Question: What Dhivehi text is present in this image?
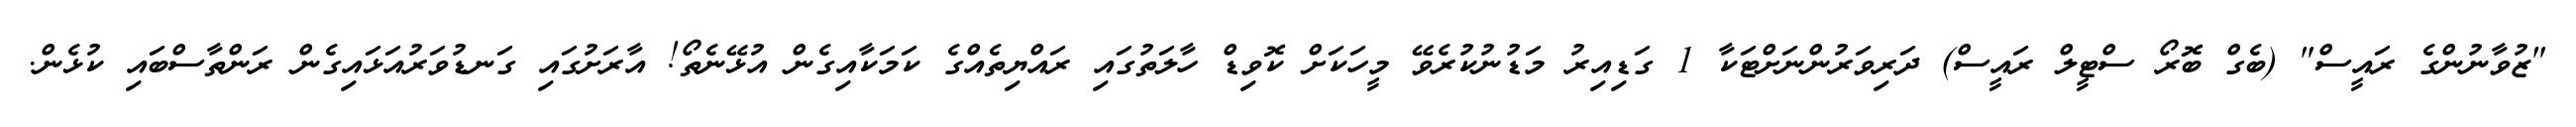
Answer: "ޒުވާނުންގެ ރައީސް" (ބެގް ބޮރޯ ސްޓީލް ރައީސް) ދަރިވަރުންނަށްޓަކާ 1 ގަޑިއިރު މަޑުނުކުރެވޭ މީހަކަށް ކޮވިޑް ހާލަތުގައި ރައްޔިތެއްގެ ކަމަކާއިގެން އުޅޭނެތޯ! އާރަށުގައި ގަނޑުވަރުއަޅައިގެން ރަންތާސްބައި ކުޅެން.